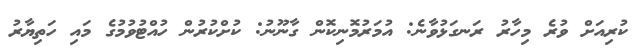
ކުރިއަށް ވުރެ މިހާރު ރަނގަޅުވާނެ: އުމަރުމޮނިކޮން ގާނޫނު: ކުށްކުރުން ހުއްޓުވުމުގެ މައި ހަތިޔާރު